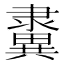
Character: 𨾂